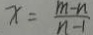
x = \frac { m - n } { n - 1 }